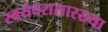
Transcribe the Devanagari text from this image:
स्वयंवरासारख्या